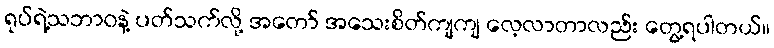
ရုပ်ရဲ့သဘာဝနဲ့ ပတ်သက်လို့ အတော် အသေးစိတ်ကျကျ လေ့လာတာလည်း တွေ့ရပါတယ်။